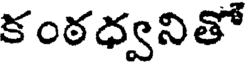
కంఠధ్వనితో